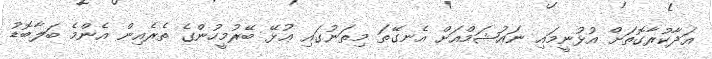
އަދާކުރާގޮތަށް އުޅުނީމައި ނައުޝަމްއަށް އެނގޭތަ މިތަނުގައި ޢުޅޭ ބޭރުމީހުންގެ ތެރެއިން އެންމެ ބަލާބޮޑު